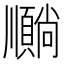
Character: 𫖦